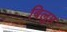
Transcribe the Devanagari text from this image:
बिलुप्त